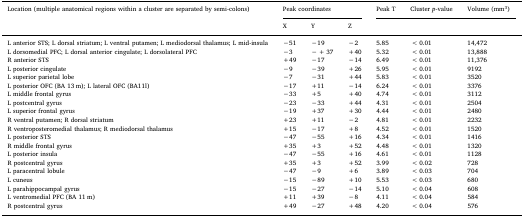
<table><thead><tr><td rowspan="2"><b>Location (multiple anatomical regions within a cluster are separated by semi-colons)</b></td><td colspan="3"><b>Peak coordinates</b></td><td><b>Peak T</b></td><td><b>Cluster <i>p</i>-value</b></td><td><b>Volume (mm<sup>3</sup>)</b></td></tr><tr><td><b>X</b></td><td><b>Y</b></td><td><b>Z</b></td><td></td><td></td><td></td></tr></thead><tbody><tr><td>L anterior STS; L dorsal striatum; L ventral putamen; L mediodorsal thalamus; L mid-insula</td><td>−51</td><td>−19</td><td>−2</td><td>5.85</td><td>&lt;0.01</td><td>14,472</td></tr><tr><td>L dorsomedial PFC; L dorsal anterior cingulate; L dorsolateral PFC</td><td>−3</td><td>− + 37</td><td>+40</td><td>5.32</td><td>&lt;0.01</td><td>13,888</td></tr><tr><td>R anterior STS</td><td>+49</td><td>−17</td><td>−14</td><td>6.49</td><td>&lt;0.01</td><td>11,376</td></tr><tr><td>L posterior cingulate</td><td>−9</td><td>−39</td><td>+26</td><td>5.95</td><td>&lt;0.01</td><td>9192</td></tr><tr><td>L superior parietal lobe</td><td>−7</td><td>−31</td><td>+44</td><td>5.83</td><td>&lt;0.01</td><td>3520</td></tr><tr><td>L posterior OFC (BA 13 m); L lateral OFC (BA11l)</td><td>−17</td><td>+11</td><td>−14</td><td>6.24</td><td>&lt;0.01</td><td>3376</td></tr><tr><td>L middle frontal gyrus</td><td>−33</td><td>+5</td><td>+40</td><td>4.74</td><td>&lt;0.01</td><td>3112</td></tr><tr><td>L postcentral gyrus</td><td>−23</td><td>−33</td><td>+44</td><td>4.31</td><td>&lt;0.01</td><td>2504</td></tr><tr><td>L superior frontal gyrus</td><td>−19</td><td>+37</td><td>+30</td><td>4.44</td><td>&lt;0.01</td><td>2480</td></tr><tr><td>R ventral putamen; R dorsal striatum</td><td>+23</td><td>+11</td><td>−2</td><td>4.81</td><td>&lt;0.01</td><td>2232</td></tr><tr><td>R ventroposteromedial thalamus; R mediodorsal thalamus</td><td>+15</td><td>−17</td><td>+8</td><td>4.52</td><td>&lt;0.01</td><td>1520</td></tr><tr><td>L posterior STS</td><td>−47</td><td>−55</td><td>+16</td><td>4.34</td><td>&lt;0.01</td><td>1416</td></tr><tr><td>R middle frontal gyrus</td><td>+35</td><td>+3</td><td>+52</td><td>4.48</td><td>&lt;0.01</td><td>1320</td></tr><tr><td>L posterior insula</td><td>−47</td><td>−55</td><td>+16</td><td>4.61</td><td>&lt;0.01</td><td>1128</td></tr><tr><td>R postcentral gyrus</td><td>+35</td><td>+3</td><td>+52</td><td>3.99</td><td>&lt;0.02</td><td>728</td></tr><tr><td>L paracentral lobule</td><td>−47</td><td>−9</td><td>+6</td><td>3.89</td><td>&lt;0.03</td><td>704</td></tr><tr><td>L cuneus</td><td>−15</td><td>−89</td><td>+10</td><td>5.53</td><td>&lt;0.03</td><td>680</td></tr><tr><td>L parahippocampal gyrus</td><td>−15</td><td>−27</td><td>−14</td><td>5.10</td><td>&lt;0.04</td><td>608</td></tr><tr><td>L ventromedial PFC (BA 11 m)</td><td>+11</td><td>+39</td><td>−8</td><td>4.11</td><td>&lt;0.04</td><td>584</td></tr><tr><td>R postcentral gyrus</td><td>+49</td><td>−27</td><td>+48</td><td>4.20</td><td>&lt;0.04</td><td>576</td></tr></tbody></table>